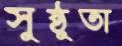
সুষ্ঠুতা